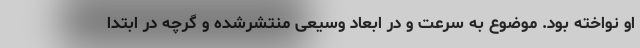
او نواخته بود. موضوع به سرعت و در ابعاد وسیعی منتشرشده و گرچه در ابتدا